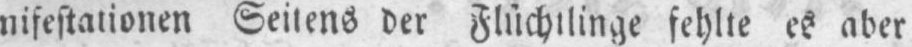
nifestationen Seitens der Flüchtlinge fehlte es aber